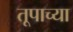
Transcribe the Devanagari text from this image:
तूपाच्या